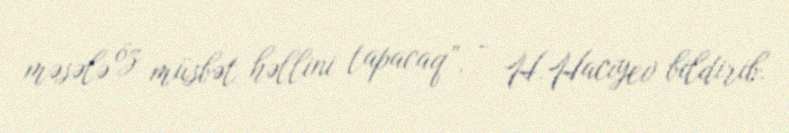
məsələ öz müsbət həllini tapacaq”, - H.Hacıyev bildirib.